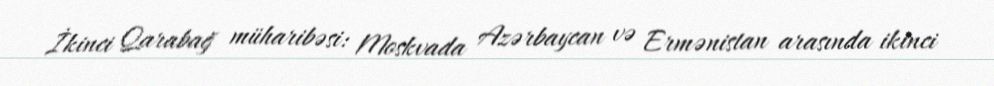
İkinci Qarabağ müharibəsi: Moskvada Azərbaycan və Ermənistan arasında ikinci